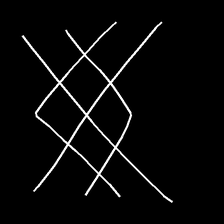
Glyph: crystal